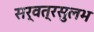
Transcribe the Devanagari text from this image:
सर्वत्रसुलभ